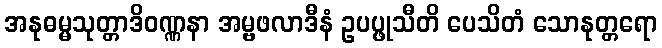
အနုဓမ္မသုတ္တာဒိဝဏ္ဏနာ အမ္ဗဖလာဒီနံ ဥပပ္ဖုသီတိ ပေသိတံ သောနုတ္တရော